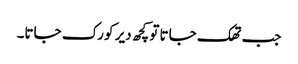
جب تھک جاتا تو کچھ دیر کو رک جاتا۔